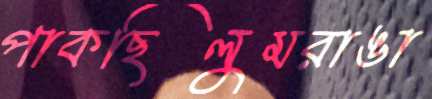
পাকছিলুমরাঙা